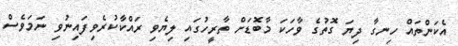
އެކަންތައް ހިނގާ ދިޔަ ގޮތުގެ ވާހަކަ މާބޮޑަށް ތާރީހުގައި ލިޔެވި ރައްކާކުރެވިފައިނުވި ނަމަވެސް